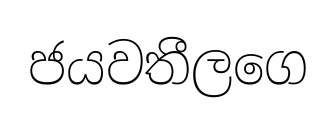
ජයවතීලගෙ